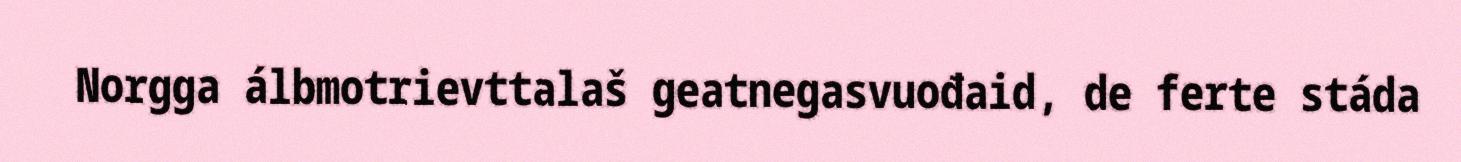
Norgga álbmotrievttalaš geatnegasvuođaid, de ferte stáda